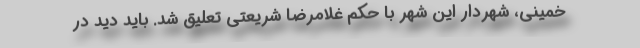
خمینی، شهردار این شهر با حکم غلامرضا شریعتی تعلیق شد. باید دید در